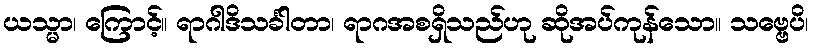
ယသ္မာ၊ ကြောင့်။ ရာဂါဒိသင်္ခါတာ၊ ရာဂအစရှိသည်ဟု ဆိုအပ်ကုန်သော။ သဗ္ဗေပိ၊